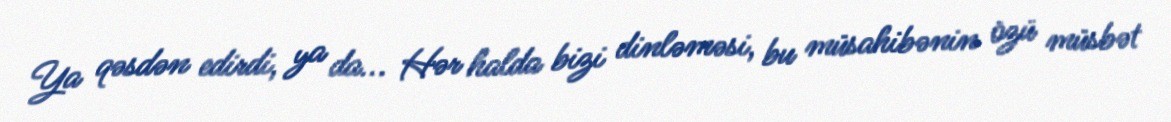
Ya qəsdən edirdi, ya da... Hər halda bizi dinləməsi, bu müsahibənin özü müsbət